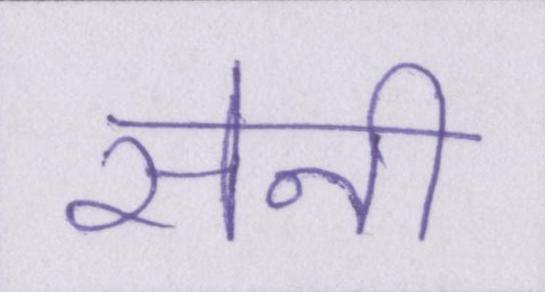
सेनी